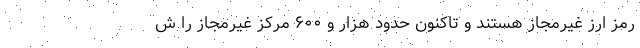
رمز‌ ارز غیرمجاز هستند و تاکنون حدود هزار و ۶۰۰ مرکز غیرمجاز را ش